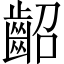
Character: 齠